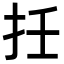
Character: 𢪭